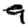
Digit: 9